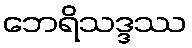
ဘေရိသဒ္ဒဿ